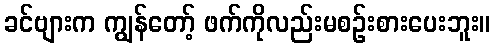
ခင်ဗျားက ကျွန်တော့် ဖက်ကိုလည်းမစဉ်းစားပေးဘူး။